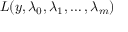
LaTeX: L ( y , \lambda _ { 0 } , \lambda _ { 1 } , \ldots , \lambda _ { m } )